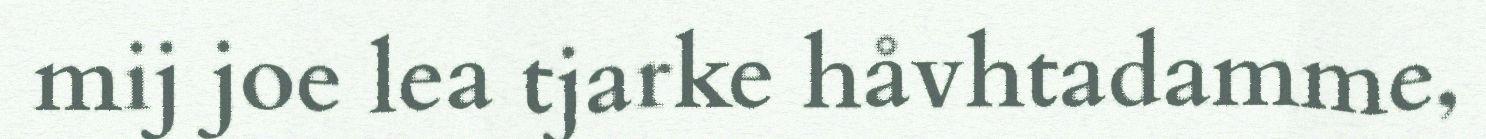
mij joe lea tjarke håvhtadamme,